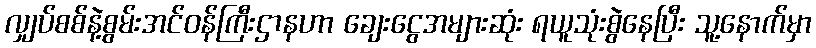
လျှပ်စစ်နဲ့စွမ်းအင်ဝန်ကြီးဌာနဟာ ချေးငွေအများဆုံး ရယူသုံးစွဲနေပြီး သူ့နောက်မှာ